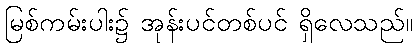
မြစ်ကမ်းပါး၌ အုန်းပင်တစ်ပင် ရှိလေသည်။